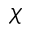
\chi